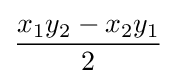
{\frac {x_{1}y_{2}-x_{2}y_{1}}{2}}